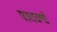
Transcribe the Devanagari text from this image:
पारायणों